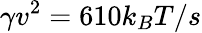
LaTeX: \gamma v^{2}=610k_{B}T/s